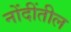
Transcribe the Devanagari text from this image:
नोंदींतील